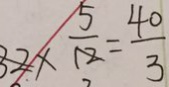
2 \times \frac { 5 } { 1 2 } = \frac { 4 0 } { 3 }